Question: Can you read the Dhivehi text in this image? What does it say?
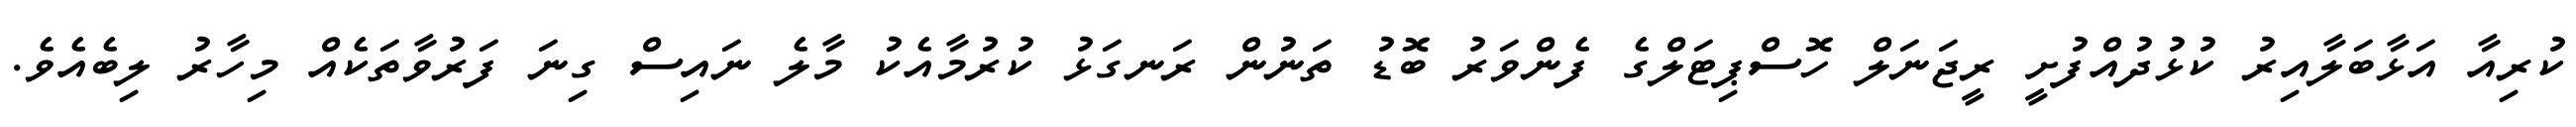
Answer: ކުރިއާ އަޅާބަލާއިރު ކުޅުދުއްފުށީ ރީޖަނަލް ހޮސްޕިޓަލްގެ ފެންވަރު ބޮޑު ތަނުން ރަނގަޅު ކުރުމާއެކު މާލެ ނައިސް ގިނަ ފަރުވާތަކެއް މިހާރު ލިބެއެވެ.